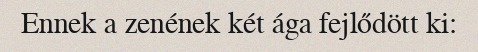
Ennek a zenének két ága fejlődött ki: